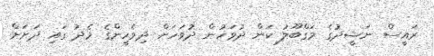
ރައީސް ނަޝީދުގެ މަގްބޫލު ކަން ދުވަހުން ދުވަހަށް ދިވެހީންގެ މެދު ގައި ދަށަށް